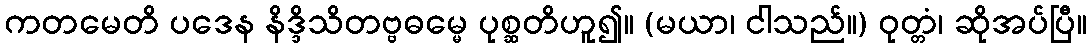
ကတမေတိ ပဒေန နိဒ္ဒိသိတဗ္ဗဓမ္မေ ပုစ္ဆတိဟူ၍။ (မယာ၊ ငါသည်။) ဝုတ္တံ၊ ဆိုအပ်ပြီ။